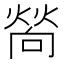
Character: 𤍀